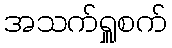
အသက်ရှူစက်